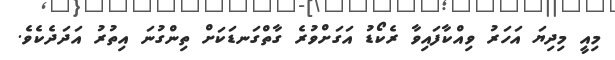
މިއީ މިދިޔަ އަހަރު ވިއްކާފައިވާ ރެކޯޑު އަގަށްވުރެ ގާތްގަނޑަކަށް ތިންގުނަ އިތުރު އަދަދެކެވެ.